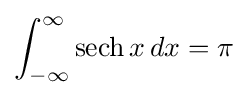
\int _{-\infty }^{\infty }\operatorname {sech} x\,dx=\pi